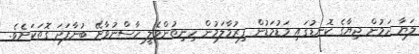
ލަޔާ ދަމުން ޖިޔާގެ ކޮނޑުގައި މަޑުމަޑުން ފިރުމާލަމުން ހިނިތުންވެލީ ހާސްނުވާށޭ ބުނާފަދަ ގޮތަކަށެވެ.